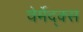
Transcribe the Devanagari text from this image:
वेर्मेद्क्स